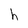
Character: h